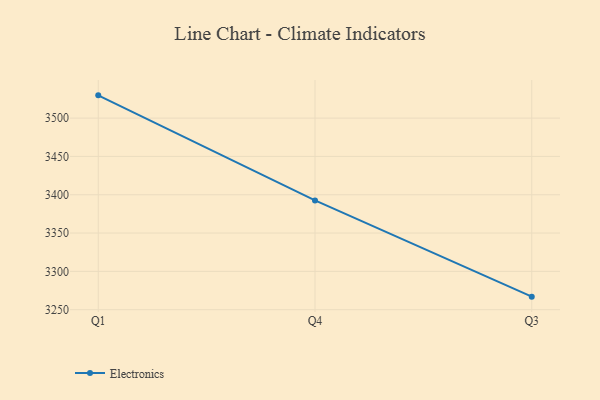
{"axis": {"x": "Quarter", "y": "Website Visitors"}, "legend": ["Electronics"], "data": [{"x": "Q1", "y": 3529.7, "type": "Electronics"}, {"x": "Q4", "y": 3392.6, "type": "Electronics"}, {"x": "Q3", "y": 3267.0, "type": "Electronics"}]}